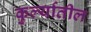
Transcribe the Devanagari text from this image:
कुर्ल्यातील